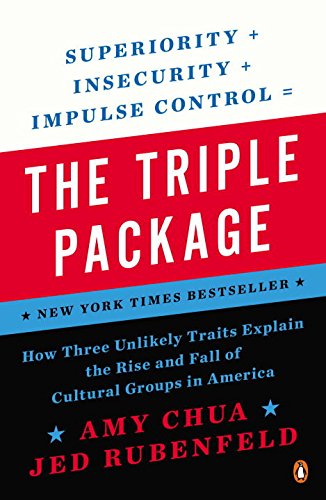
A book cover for The Triple Package: How Three Unlikely Traits Explain the Rise and Fall of Cultural Groups in America; Amy Chua; Politics & Social Sciences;